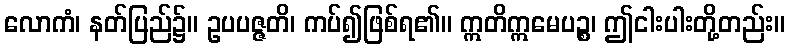
လောကံ၊ နတ်ပြည်၌။ ဥပပဇ္ဇတိ၊ ကပ်၍ဖြစ်ရ၏။ ဣတိဣမေပဉ္စ၊ ဤငါးပါးတို့တည်း။